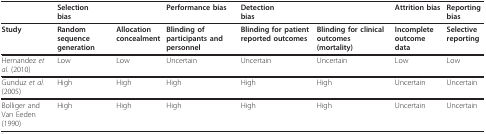
|  | <COLSPAN=2> Selectionbias | Performance bias | <COLSPAN=2> Detectionbias | Attrition bias | Reporting bias |
 | --- | --- | --- | --- | --- | --- | --- | --- |
 | Study | Random sequence generation | Allocation concealment | Blinding of participants and personnel | Blinding for patient reported outcomes | Blinding for clinical outcomes (mortality) | Incomplete outcome data | Selective reporting |
 | Hernandez et al. (2010) | Low | Low | Uncertain | Uncertain | Uncertain | Low | Low |
 | Gunduz et al. (2005) | High | High | High | High | High | Uncertain | Uncertain |
 | Bolliger and Van Eeden (1990) | High | High | High | High | High | Uncertain | Uncertain |